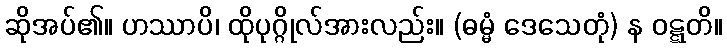
ဆိုအပ်၏။ ဟဿာပိ၊ ထိုပုဂ္ဂိုလ်အားလည်း။ (ဓမ္မံ ဒေသေတုံ) န ဝဋ္ဋတိ။